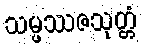
သမ္ဖဿဇသုတ္တံ